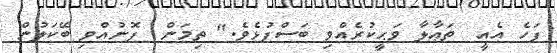
ފަހެ އެއީ  ތަޢާލާ ވަޙީކުރެއްވި ބަސްފުޅެވެ." ތިމަން  ފޮނުއްވި ބޭކަލުން